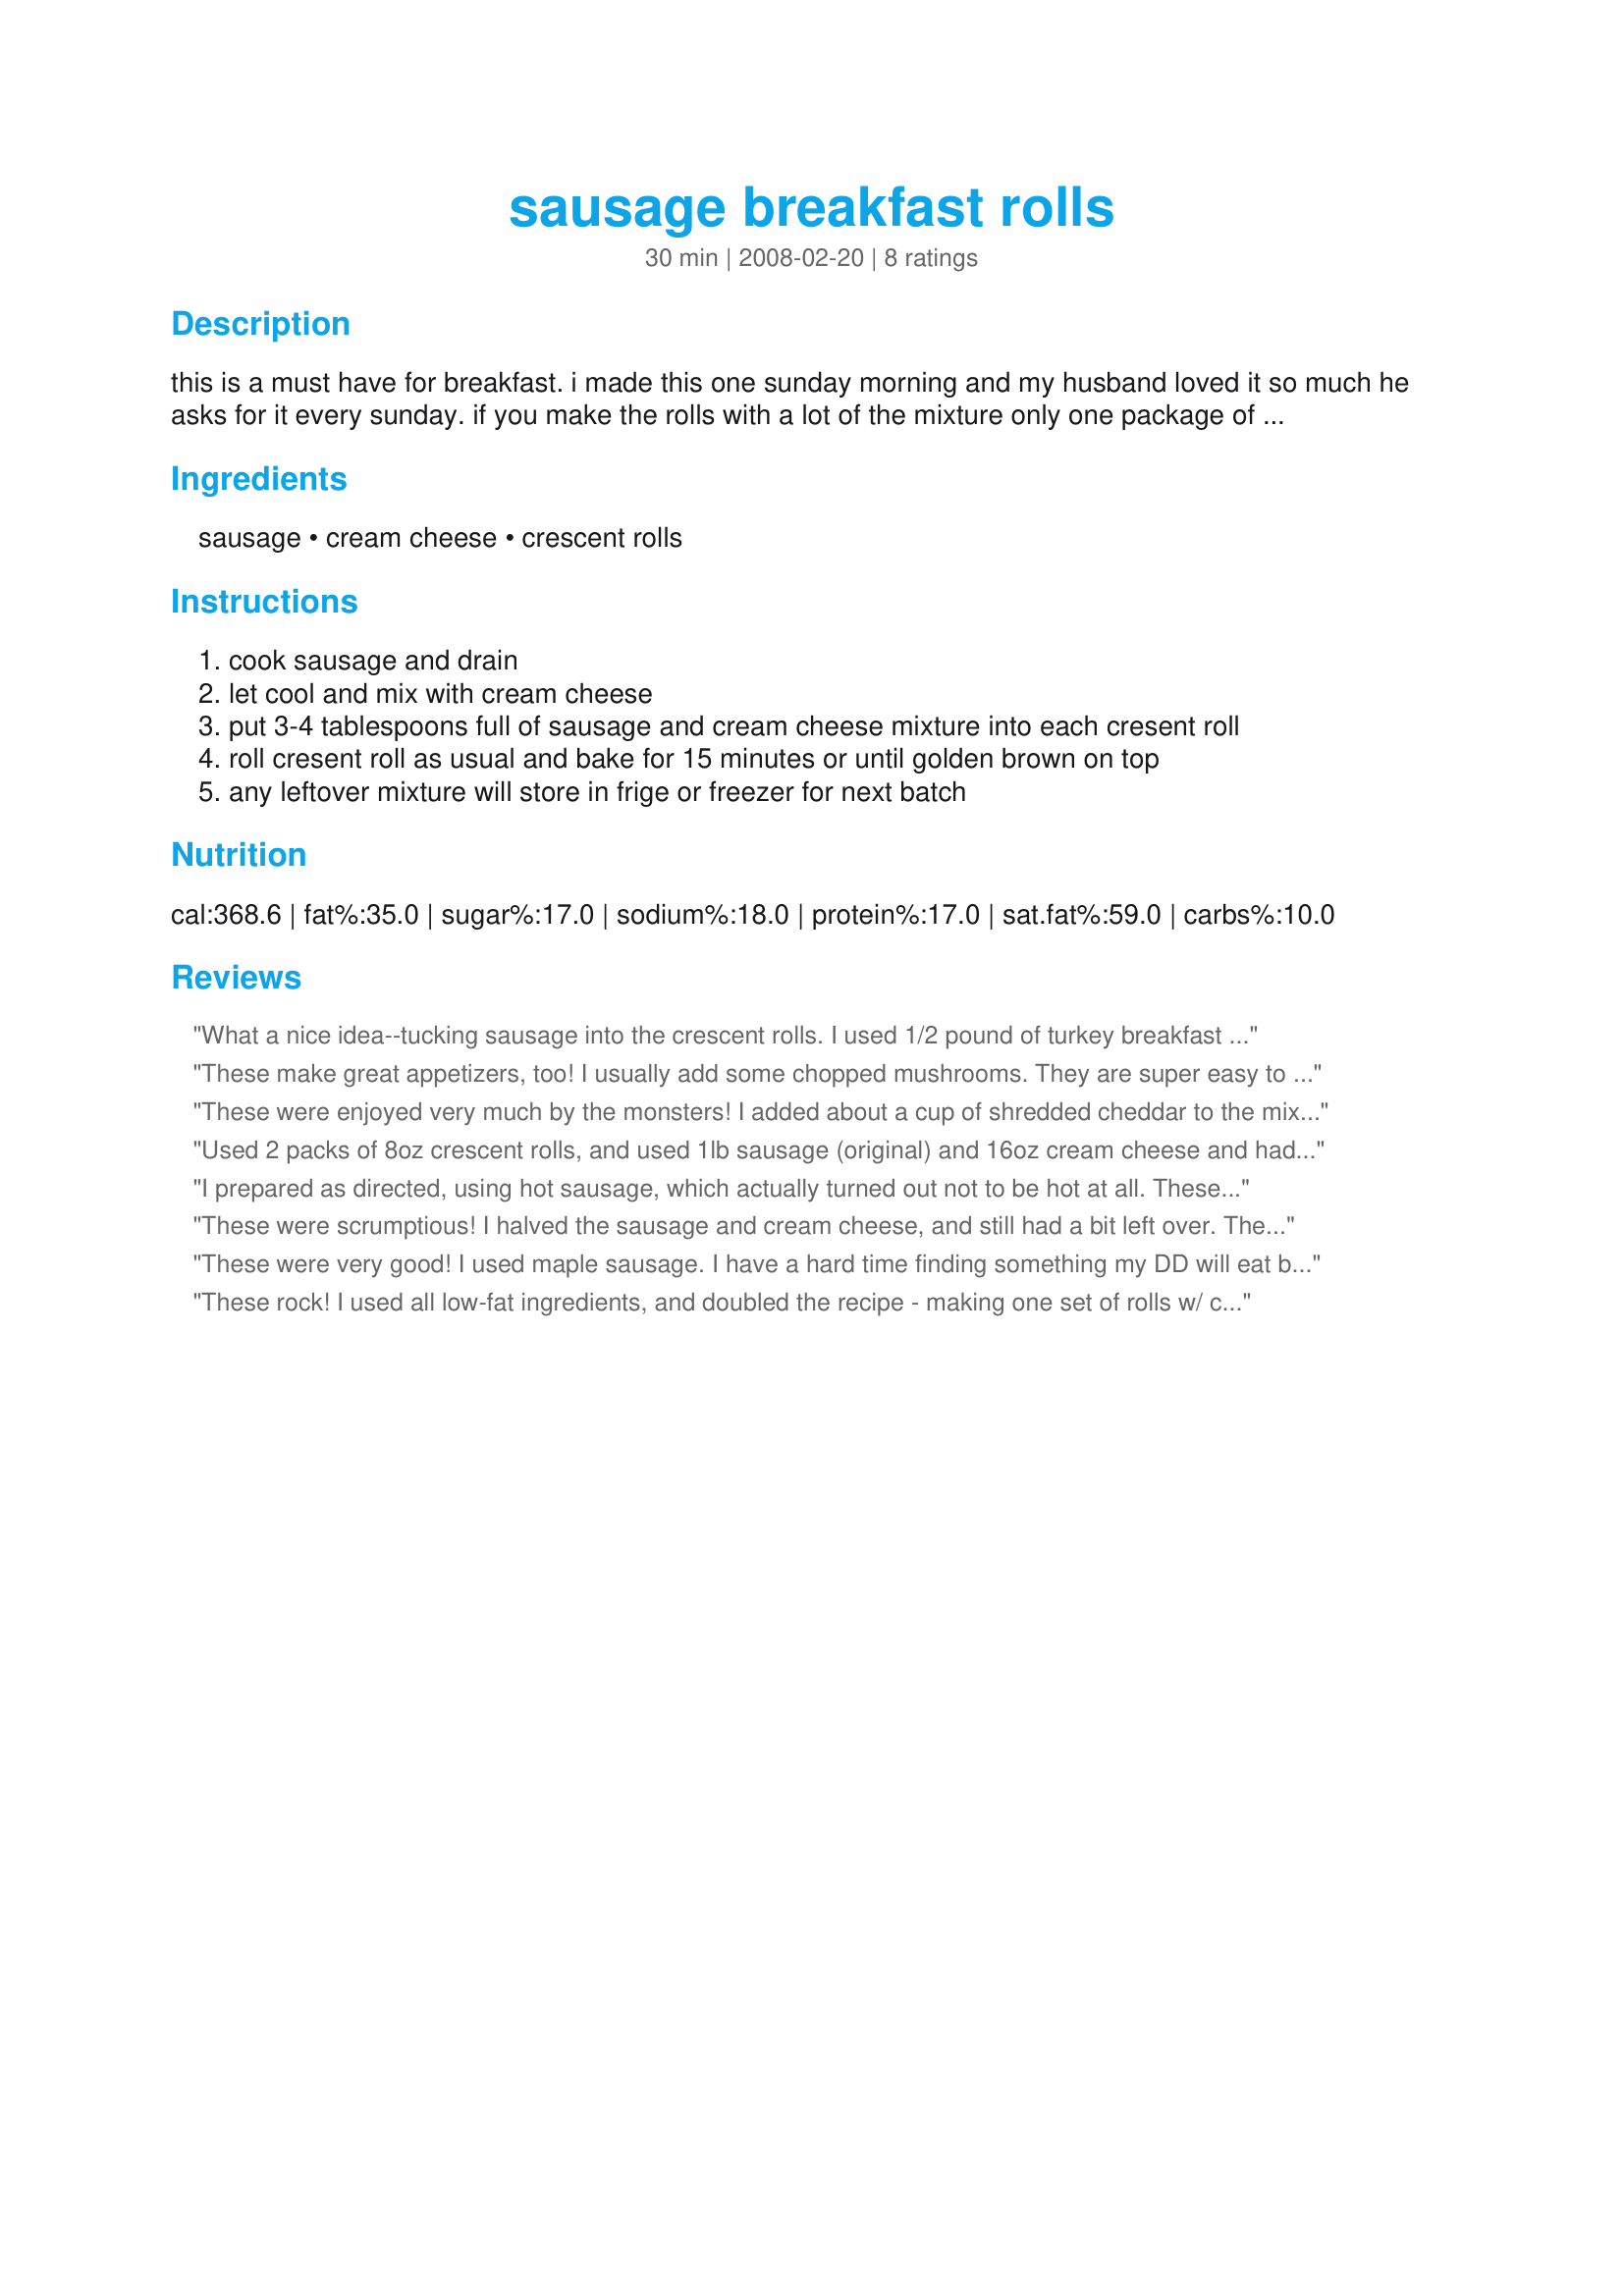
sausage breakfast rolls
Preparation time: 30 minutes

this is a must have for breakfast. i made this one sunday morning and my husband loved it so much he asks for it every sunday. if you make the rolls with a lot of the mixture only one package of cresent rolls is needed. if you make the rolls with a smaller amount there may be enough for 2 packages of cresents. you can also use biscuit rolls if you like.

Ingredients:
sausage, cream cheese, crescent rolls

Steps:
cook sausage and drain
let cool and mix with cream cheese
put 3-4 tablespoons full of sausage and cream cheese mixture into each cresent roll
roll cresent roll as usual and bake for 15 minutes or until golden brown on top
any leftover mixture will store in frige or freezer for next batch

Reviews:
What a nice idea--tucking sausage into the crescent rolls. I used 1/2 pound of turkey breakfast sausage and for 8 rolls still had filling left over. These were served with scrambled eggs and sliced tomatoes. Made for *PAC Fall 2008*
These make great appetizers, too! I usually add some chopped mushrooms. They are super easy to make and delicious!
These were enjoyed very much by the monsters! I added about a cup of shredded cheddar to the mix also. The only problem I had was not being really sure at what temp to cook them at, as it isn't in the directions. I picked 350 and ended up baking them for 20 minutes. We'll make these again! Made for PAC Spring 2009.
Used 2 packs of 8oz crescent rolls, and used 1lb sausage (original) and 16oz cream cheese and had lots of filling left over. Baked crescents according to directions and they came out great!
I prepared as directed, using hot sausage, which actually turned out not to be hot at all. These were delicious and very easy to prepare. I feel this is a very versatile food, you can of course serve with breakfast or now that football season is here, they would make a great finger food to serve while watching the game! I used a fairly large amount of sausage mix because I love to see the inside showing when they are done. I did have a bit left over and just cooked that in a small ramekin. For my personal tastes, I would always use hot sausage or add some red pepper because I think mild sausageâ€™s flavor would get â€œlostâ€�, but to each his own! Thanks Dancergal1307!
These were scrumptious! I halved the sausage and cream cheese, and still had a bit left over. They were very nice for breakfast; I used hot sausage, as that is what I had on hand. Very Easy - I also baked on 350Âº for 14 minutes and they were nicely browned. Thanks, Dancergirl1307, for a great recipe! Made for Spring PAC '09.
These were very good! I used maple sausage. I have a hard time finding something my DD will eat before school,but she loved these.I baked them the night before, and the popped one in the microwave for 30 sec. and it worked great! I'm gonna try freezing them and see how that works. Thank you so much!
These rock! I used all low-fat ingredients, and doubled the recipe - making one set of rolls w/ cream cheese, and one without for my hubby. We love being able to grab these and heat them really quickly for breakfast --- as we both go into work around 6 am and don't have a lot of time to cook in the mornings. Thanks for sharing!
